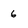
Character: 6